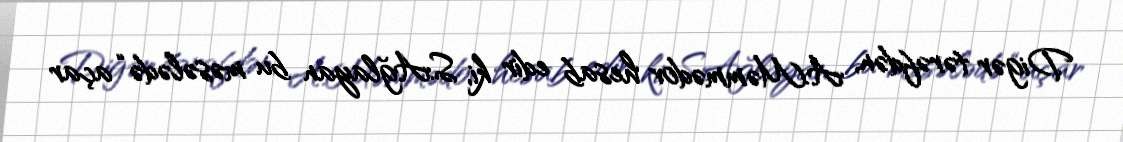
Digər tərəfdən, A.Məmmədov hesab edir ki, S.Ağlayan bu məsələdə “açar